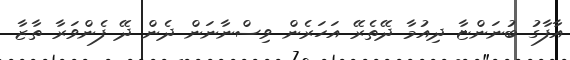
އާފާގު ބުނަންޏާ ދިއުމާ ދޭތެރޭ އަހަރެން ވިސްނާނަން ދެން ދޭ ފެންވަރާ ތާޒާ